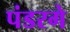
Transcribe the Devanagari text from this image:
पंडरगे